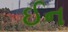
ઈન